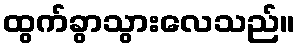
ထွက်ခွာသွားလေသည်။